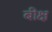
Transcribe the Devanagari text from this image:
बीक्ष